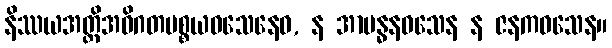
နိဿယအတ္ထိအဝိဂတပစ္စယဝသေနေဝ, န အာဗန္ဓနဝသေန န ဇနကဝသေန။